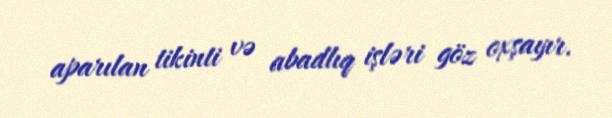
aparılan tikinti və abadlıq işləri göz oxşayır.